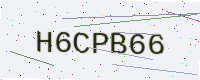
Text: H6CPB66